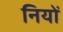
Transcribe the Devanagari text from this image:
नियों